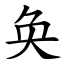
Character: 奂